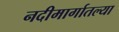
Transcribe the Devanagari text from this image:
नदीमार्गातल्या